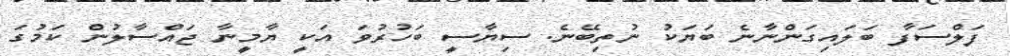
ފަލްސަފާ ބަލައިގަންނާނެ ބަޔަކު ނުތިބޭނެ. ސިޔާސީ ބަހުރުވަ އަކީ ޔާމީނާ ޖައްސާލުން ކަމުގަ